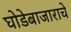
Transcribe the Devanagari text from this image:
घोडेबाजाराचे